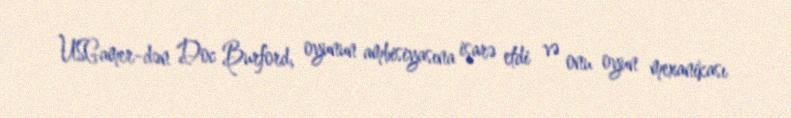
USGamer-dən Doc Burford, oyunun ambisiyasına işarə etdi və onu oyun mexanikası